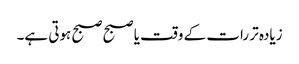
زیادہ تر رات کے وقت یا صبح صبح ہوتی ہے۔